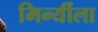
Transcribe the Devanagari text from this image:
मिर्न्यीला